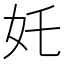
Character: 奼